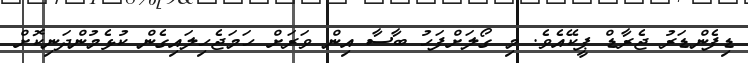
ޑިފެންޑަރު ޖެރާޑް ޕީކޭއެވެ. މި ގޯލަށްފަހު ބާސާ އިން ވަރަށް ހަމަޖެހިލައިގެން ކުޅެމުންދަނިކޮށް